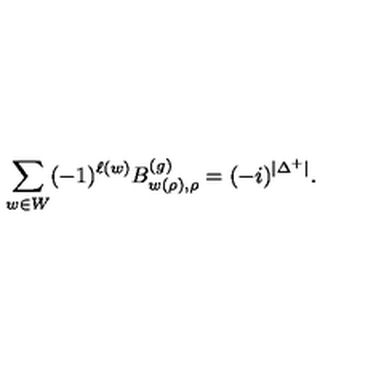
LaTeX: \sum _ { w \in W } ( - 1 ) ^ { \ell ( w ) } B _ { w ( \rho ) , \rho } ^ { ( g ) } = ( - i ) ^ { \vert \Delta ^ { + } \vert } .